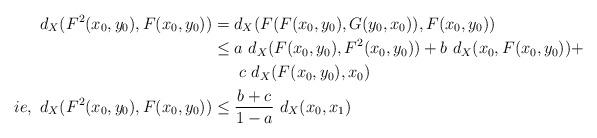
LaTeX: \begin{align*}d_X(F^2(x_0,y_0),F(x_0,y_0))&= d_X(F(F(x_0,y_0),G(y_0,x_0)),F(x_0,y_0))\\&\leq a\ d_X(F(x_0,y_0),F^2(x_0,y_0))+b\ d_X(x_0,F(x_0,y_0))+ \\&\ \ \ \ \ c\ d_X(F(x_0,y_0),x_0)\\ie,\ d_X(F^2(x_0,y_0),F(x_0,y_0))&\leq \dfrac{b+c}{1-a}\ d_X(x_0,x_1) \end{align*}